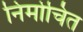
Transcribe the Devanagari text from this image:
निर्मोचित